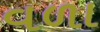
વળા